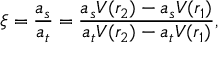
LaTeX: \xi = \frac { a _ { s } } { a _ { t } } = \frac { a _ { s } V ( r _ { 2 } ) - a _ { s } V ( r _ { 1 } ) } { a _ { t } V ( r _ { 2 } ) - a _ { t } V ( r _ { 1 } ) } ,